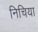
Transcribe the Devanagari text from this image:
निचिया